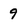
Character: 9